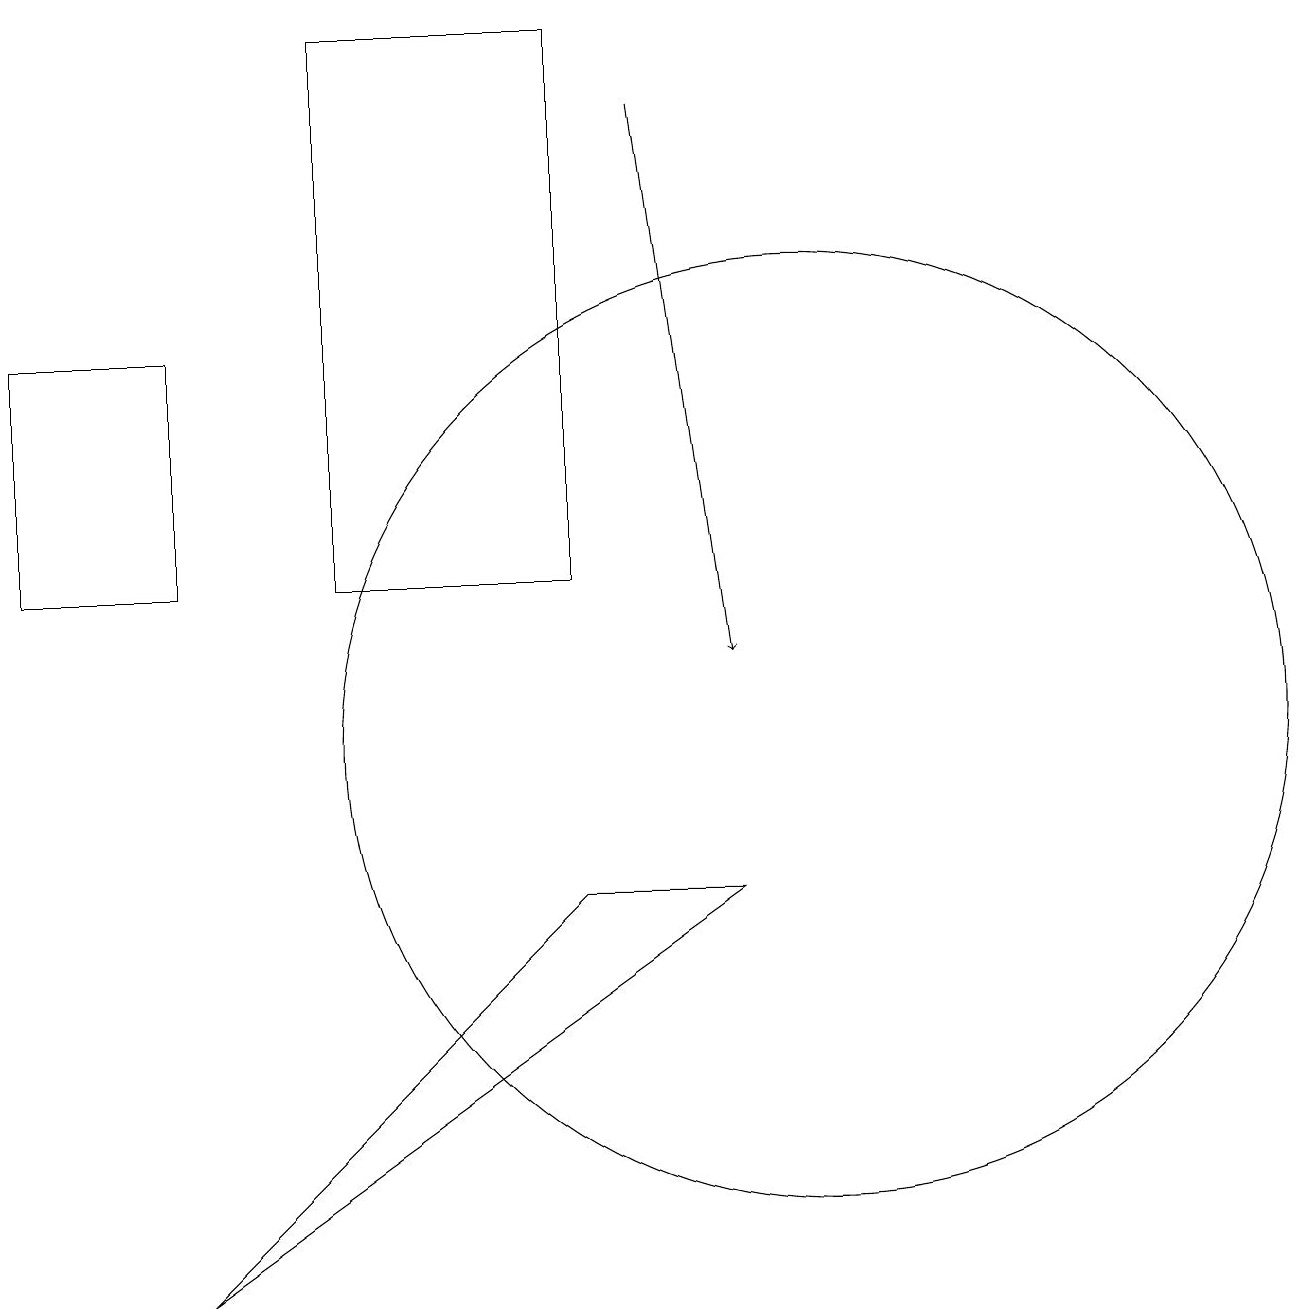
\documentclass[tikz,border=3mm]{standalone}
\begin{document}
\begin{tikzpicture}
\draw (10,10) circle (0);
\draw[->] (8,18) -- (9,11);
\draw (0,12) rectangle (2,15);
\draw (10,10) circle (6);
\draw (7,19) rectangle (4,12);
\draw (9,8) -- (7,8) -- (2,3) -- cycle;
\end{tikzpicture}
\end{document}